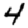
Digit: 4